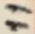
Text: 11